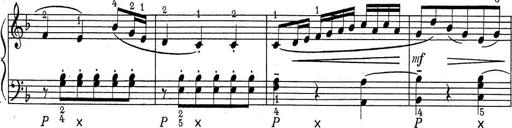
Title: ÄŒeskÃ© Sonatiny
Composer: Various